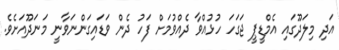
އަދި މިލަދޫގައި އެމްޑީޕީ ޖަގަހަ ހުޅުއްވާ ދެއްވުމަށް ފަހު ދެން ވަޑައިގަންނަވާނީ މަނަދޫއަށެވެ.